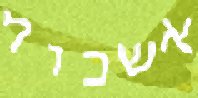
אשכול